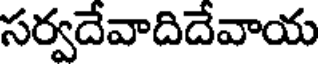
సర్వదేవాదిదేవాయ